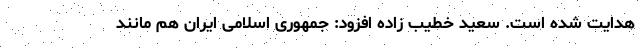
هدایت شده است. سعید خطیب زاده افزود: جمهوری اسلامی ایران هم مانند